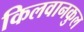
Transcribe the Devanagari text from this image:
किलवानकुल